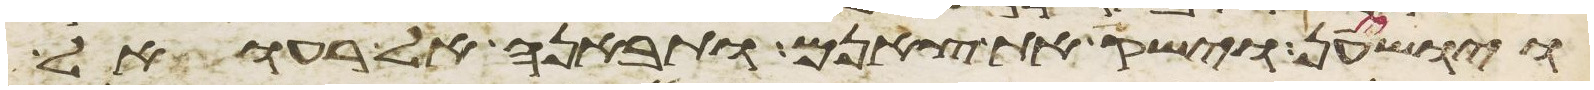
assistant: ויושיענה וישק את צאנם ותבאנה אל רעואל